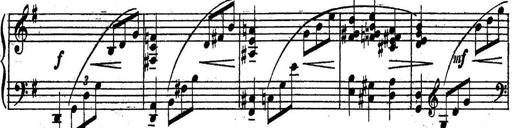
Title: Sonatine
Composer: Adrian Shaposhnikov
Key: E minor